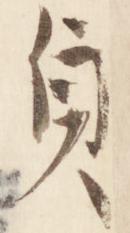
貞